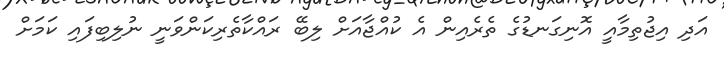
އަދި އިޖުތިމާއީ އޮނިގަނޑުގެ ތެރެއިން އެ ކުއްޖާއަށް ލިބޭ ރައްކާތެރިކަންވަނީ ނުލިބިފައި ކަމަށް